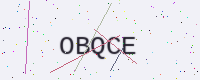
Text: OBQCE